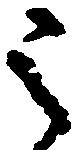
之